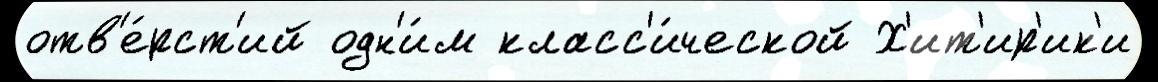
отв'е́рст'ий одн'и́м класс'и́ческой Х'ит'ир'ик'и